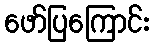
ဖော်ပြကြောင်း